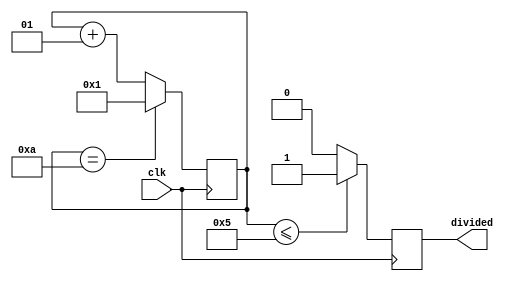
`ifndef MODULE_CLOCK_DIVIDER
`define MODULE_CLOCK_DIVIDER
`timescale 1ns / 1ps

module ClockDivider(
    input               clk,
    output reg          divided
);

    parameter ratio = 10;
    integer now = 1;

    initial begin
        divided = 1'b0;
    end

    always @(posedge clk) begin
        if (now <= ratio / 2) divided = 1;
        else divided = 0;
        if (now == ratio) now = 1;
        else now = now + 1;
    end

endmodule

`endif // MODULE_CLOCK_DIVIDER